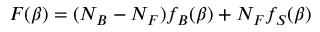
F ( \beta ) = ( N _ { B } - N _ { F } ) f _ { B } ( \beta ) + N _ { F } f _ { S } ( \beta )